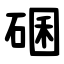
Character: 碅